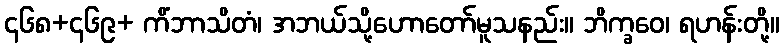
၄၆၈+၄၆၉+ ကိံဘာသိတံ၊ အဘယ်သို့ဟောတော်မူသနည်း။ ဘိက္ခဝေ၊ ရဟန်းတို့။